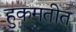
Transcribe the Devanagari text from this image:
हुकमतीत